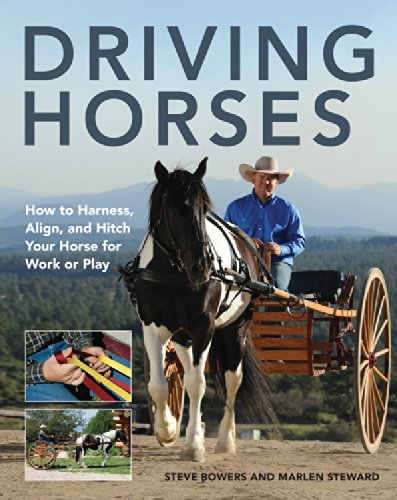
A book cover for Driving Horses: How to Harness, Align, and Hitch your Horse for Work or Play; Steve Bowers; Crafts, Hobbies & Home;